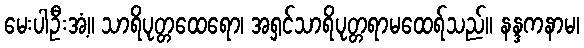
မေးပါဦးအံ့။ သာရိပုတ္တထေရော၊ အရှင်သာရိပုတ္တရာမထေရ်သည်။ နန္ဒကနာမ၊